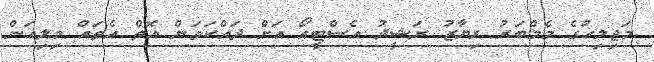
މަޖިލިހުގެ މެމްބަރު ރިޔާޒު ރަޝީދު އެސްޓީއޯ އަށް ދައްކަވަން އޮތް އެތައް މިލިއަން